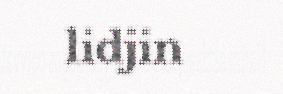
lidjin